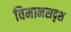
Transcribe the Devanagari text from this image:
विमानसदृश